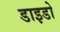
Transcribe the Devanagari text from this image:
डाइडो